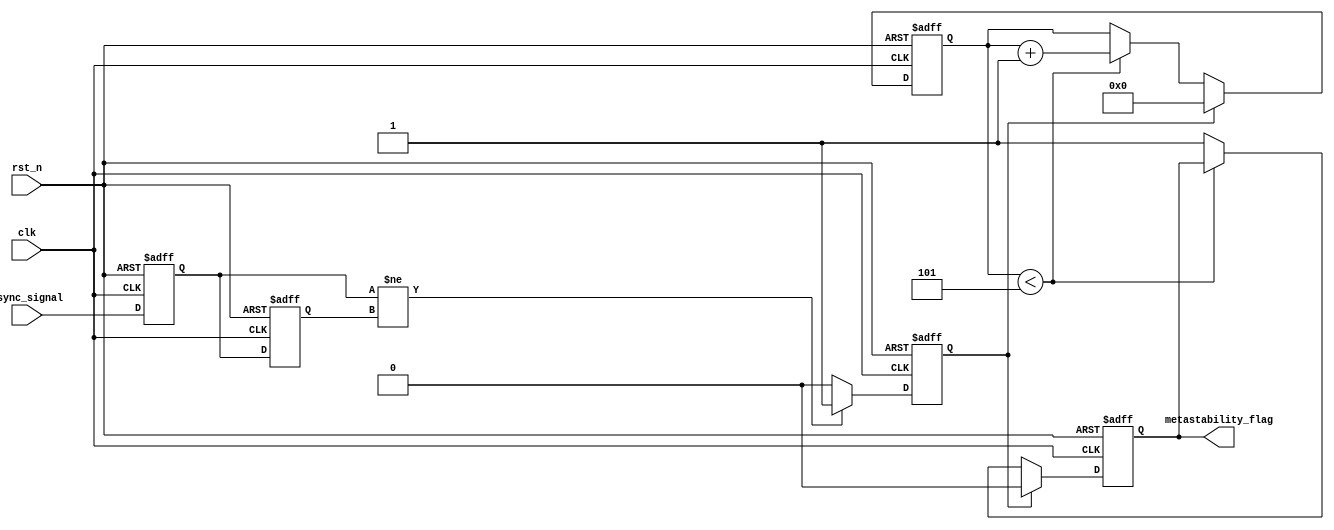
module metastability_detector #(
    parameter PULSE_WIDTH = 1,  // Pulse width for the detection pulse
    parameter MONITOR_DURATION = 5 // Duration to monitor the metastable state
)(
    input wire clk,              // System clock
    input wire rst_n,            // Active low reset
    input wire async_signal,      // Asynchronous input signal
    output reg metastability_flag  // Metastability detection flag
);

    // Internal signals
    reg ff1, ff2;                // Output of two-stage flip-flop
    reg [3:0] stability_counter;  // Counter to monitor stability duration
    reg pulse;                   // Pulse signal for detected changes

    // First flip-flop captures the asynchronous signal
    always @(posedge clk or negedge rst_n) begin
        if (!rst_n) begin
            ff1 <= 1'b0;
        end else begin
            ff1 <= async_signal;  // Sample the asynchronous signal
        end
    end

    // Second flip-flop captures the output of the first flip-flop
    always @(posedge clk or negedge rst_n) begin
        if (!rst_n) begin
            ff2 <= 1'b0;
        end else begin
            ff2 <= ff1;  // Sample the output of the first FF
        end
    end

    // Pulse generator
    always @(posedge clk or negedge rst_n) begin
        if (!rst_n) begin
            pulse <= 1'b0;
        end else if (ff1 != ff2) begin
            pulse <= 1'b1;  // Generate pulse when a change is detected
        end else if (pulse) begin
            pulse <= 1'b0;  // Reset pulse after one clock cycle
        end
    end

    // Metastability detection logic
    always @(posedge clk or negedge rst_n) begin
        if (!rst_n) begin
            metastability_flag <= 1'b0;
            stability_counter <= 4'b0; // Reset counter
        end else begin
            if (pulse) begin
                stability_counter <= 4'b0; // Reset counter on pulse
                metastability_flag <= 1'b0; // Clear flag
            end else if (stability_counter < MONITOR_DURATION) begin
                stability_counter <= stability_counter + 1; // Increment counter
            end else begin
                metastability_flag <= 1'b1; // Assert flag if metastable state persists
            end
        end
    end

endmodule